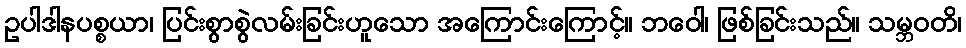
ဥပါဒါနပစ္စယာ၊ ပြင်းစွာစွဲလမ်းခြင်းဟူသော အကြောင်းကြောင့်။ ဘဝေါ၊ ဖြစ်ခြင်းသည်။ သမ္ဘဝတိ၊